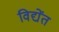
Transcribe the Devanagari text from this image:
विद्येंत